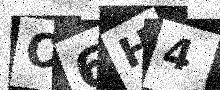
Text: O6H4